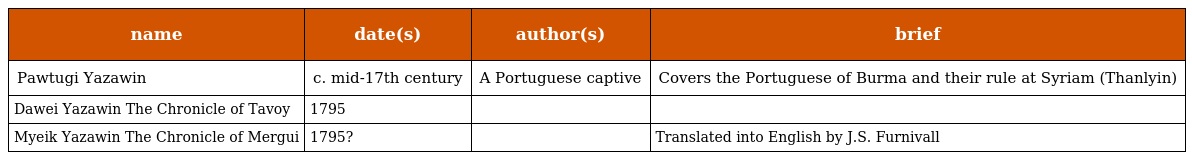
| name | date(s) | author(s) | brief |
 | --- | --- | --- | --- |
 | Pawtugi Yazawin | c. mid-17th century | A Portuguese captive | Covers the Portuguese of Burma and their rule at Syriam (Thanlyin) |
 | Dawei Yazawin The Chronicle of Tavoy | 1795 |  |  |
 | Myeik Yazawin The Chronicle of Mergui | 1795? |  | Translated into English by J.S. Furnivall |